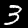
Digit: 3